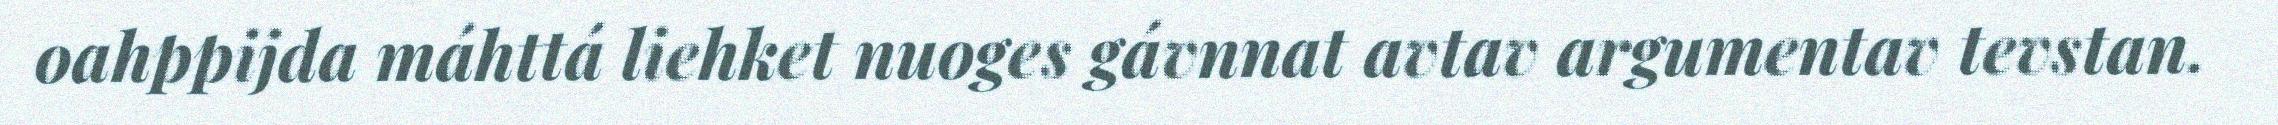
oahppijda máhttá liehket nuoges gávnnat avtav argumentav tevstan.